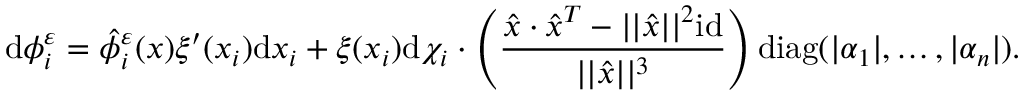
\mathrm { d } \phi _ { i } ^ { \varepsilon } = \hat { \phi } _ { i } ^ { \varepsilon } ( x ) \xi ^ { \prime } ( x _ { i } ) \mathrm { d } x _ { i } + \xi ( x _ { i } ) \mathrm { d } \chi _ { i } \cdot \left( \frac { \hat { x } \cdot \hat { x } ^ { T } - | | \hat { x } | | ^ { 2 } \mathrm { i d } } { | | \hat { x } | | ^ { 3 } } \right) \mathrm { d i a g } ( | \alpha _ { 1 } | , \dots , | \alpha _ { n } | ) .